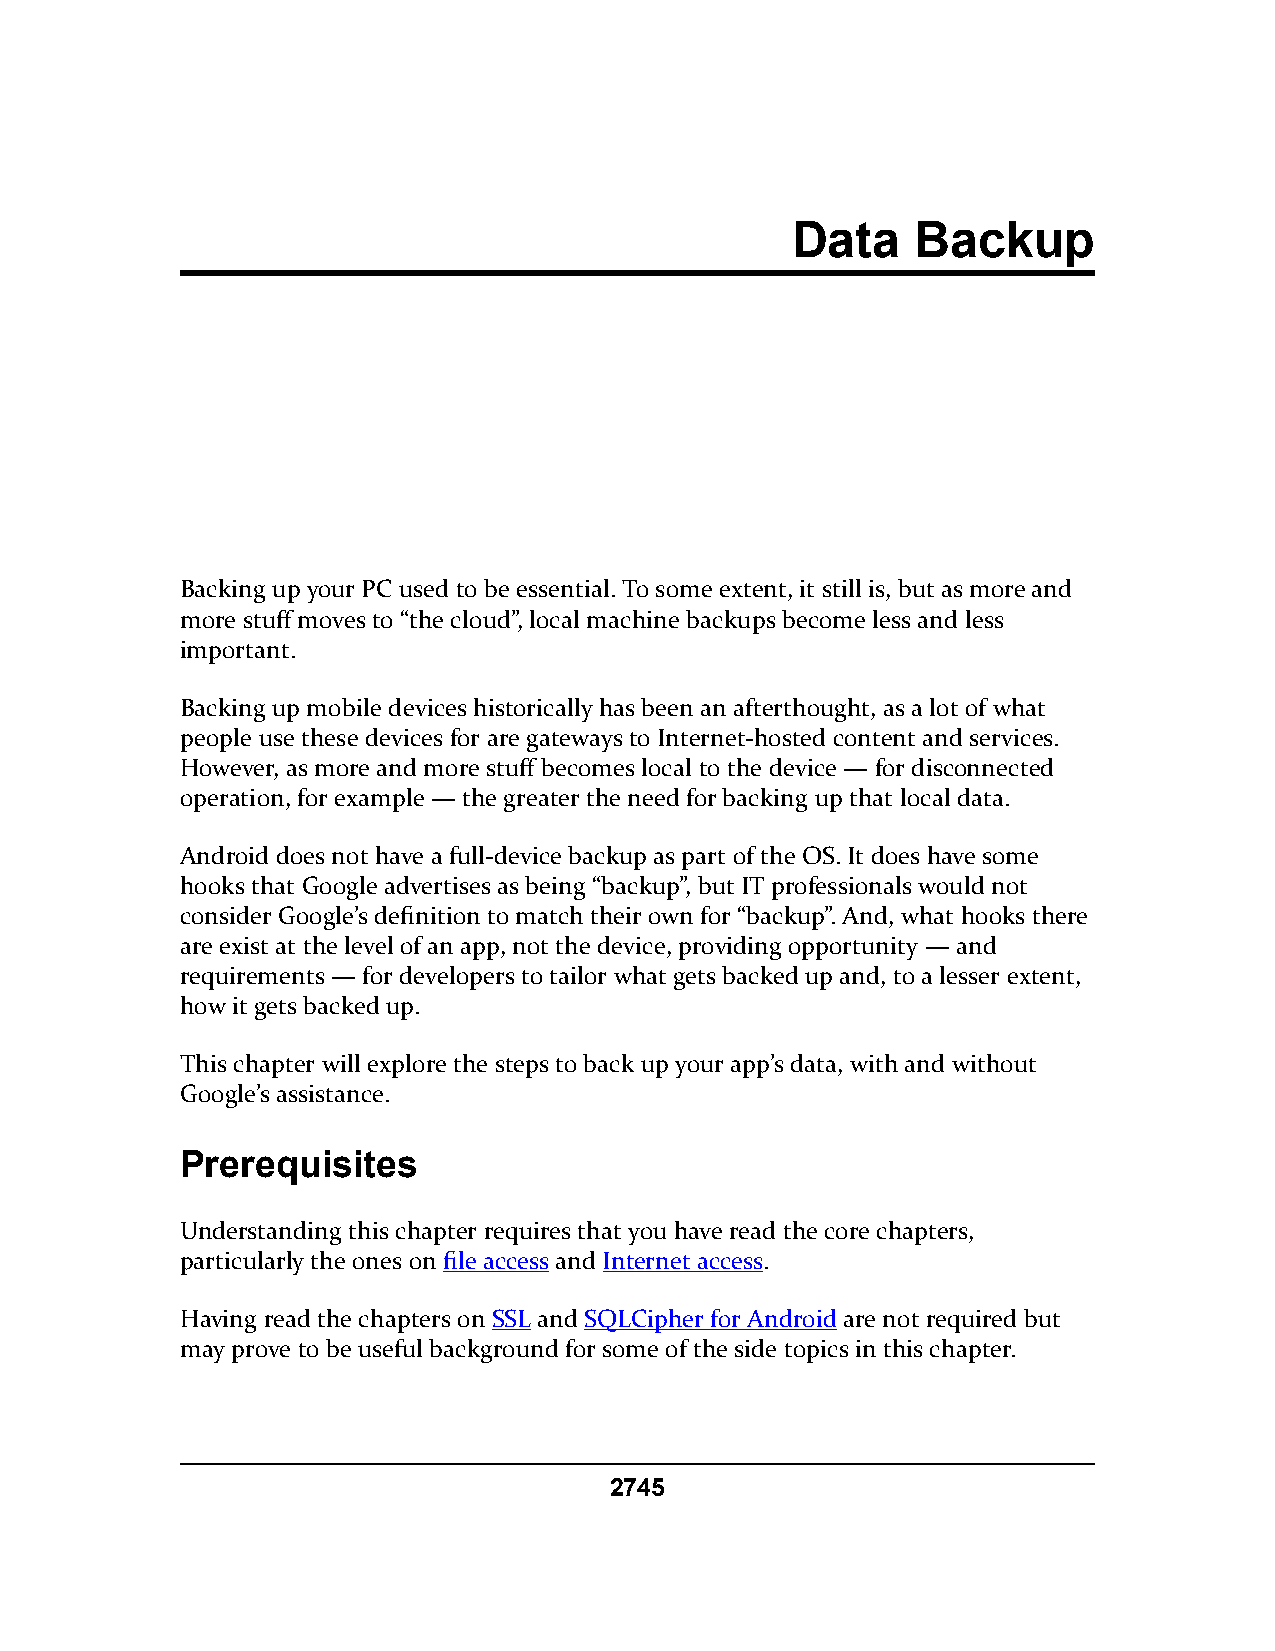
Data     Backup
 Backing up your PC used to be essential. To some extent, it still is, but as more and
 more stuff moves to “the cloud”, local machine backups become less and less
 important.
 Backing up mobile devices historically has been an afterthought, as a lot of what
 people use these devices for are gateways to Internet-hosted content and services.
 However, as more and more stuff becomes local to the device — for disconnected
 operation, for example — the greater the need for backing up that local data.
 Android does not have a full-device backup as part of the OS. It does have some
 hooks that Google advertises as being “backup”, but IT professionals would not
 consider Google’s definition to match their own for “backup”. And, what hooks there
 are exist at the level of an app, not the device, providing opportunity — and
 requirements — for developers to tailor what gets backed up and, to a lesser extent,
 how it gets backed up.
 This chapter will explore the steps to back up your app’s data, with and without
 Google’s assistance.
 Prerequisites
 Understanding this chapter requires that you have read the core chapters,
 particularly the ones on file access and Internet access.
 Having read the chapters on SSL and SQLCipher for Android are not required but
 may prove to be useful background for some of the side topics in this chapter.
 2745